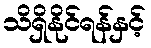
သိရှိနိုင်ရန်နှင့်